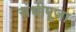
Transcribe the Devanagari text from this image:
संधीपूजा